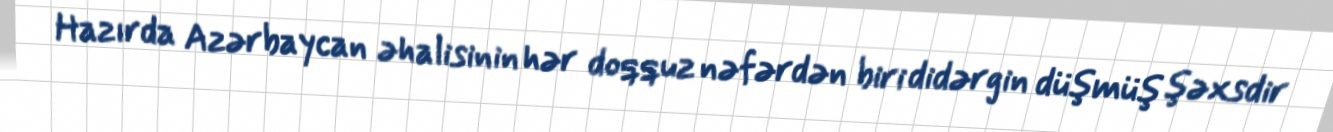
Hazırda Azərbaycan əhalisinin hər doqquz nəfərdən biri didərgin düşmüş şəxsdir